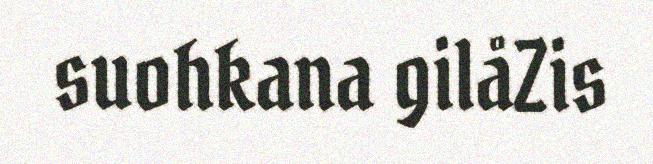
suohkana gilåZis